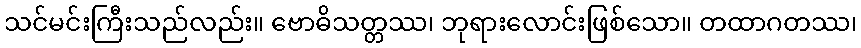
သင်မင်းကြီးသည်လည်း။ ဗောဓိသတ္တဿ၊ ဘုရားလောင်းဖြစ်သော။ တထာဂတဿ၊